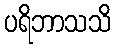
ပရိဘာသသိ